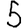
Digit: 5